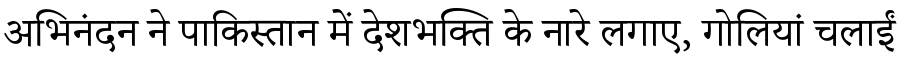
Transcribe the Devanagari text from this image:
अभिनंदन ने पाकिस्तान में देशभक्ति के नारे लगाए, गोलियां चलाईं